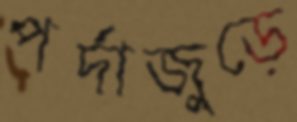
পর্দাজুড়ে